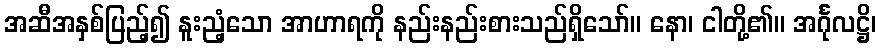
အဆီအနှစ်ပြည့်၍ နူးညံ့သော အာဟာရကို နည်းနည်းစားသည်ရှိသော်။ နော၊ ငါတို့၏။ အင်္ဂုလဋ္ဌိ၊